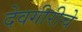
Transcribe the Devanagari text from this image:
देवगीरीचे